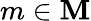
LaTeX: m\in\mathbf{M}